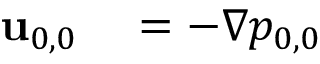
\begin{array} { r l } { \mathbf { u } _ { 0 , 0 } } & { { } = - \nabla p _ { 0 , 0 } } \end{array}